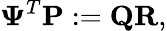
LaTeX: \boldsymbol{\Psi}^{T}\mathbf{P}:=\mathbf{Q}\mathbf{R},